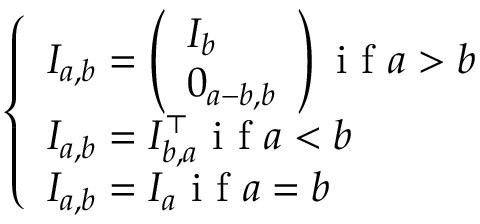
\left\{ \begin{array} { l l } { I _ { a , b } = \left( \begin{array} { l } { I _ { b } } \\ { 0 _ { a - b , b } } \end{array} \right) \mathrm { ~ i ~ f ~ } a > b } \\ { I _ { a , b } = I _ { b , a } ^ { \top } \mathrm { ~ i ~ f ~ } a < b } \\ { I _ { a , b } = I _ { a } \mathrm { ~ i ~ f ~ } a = b } \end{array} \right.